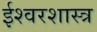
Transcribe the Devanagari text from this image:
ईश्वरशास्त्र